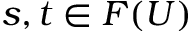
s , t \in F ( U )